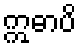
ဣဓာပိ